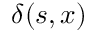
\delta ( s , x )